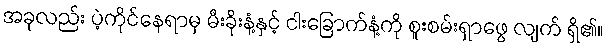
အခုလည်း ပဲ့ကိုင်နေရာမှ မီးခိုးနံ့နှင့် ငါးခြောက်နံ့ကို စူးစမ်းရှာဖွေ လျက် ရှိ၏။